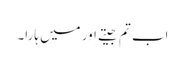
اب تم جیتے اور میں ہارا۔